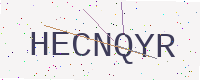
Text: HECNQYR